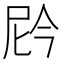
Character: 𫢩